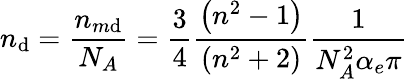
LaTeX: n_{\mathrm{d}}=\frac{{n_{m\mathrm{d}}}}{{N_{A}}}=\frac{{3}}{{4}}\frac{{\left(n^{2}-1\right)}}{{\left(n^{2}+2\right)}}\frac{{1}}{{N_{A}^{2}\alpha_{e}\pi}}